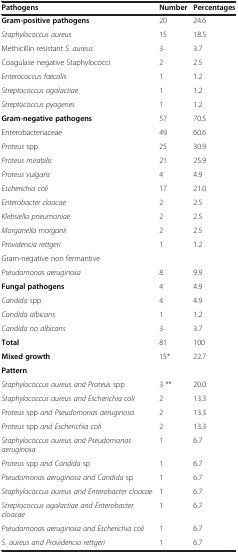
<table><thead><tr><td><b>Pathogens</b></td><td><b>Number</b></td><td><b>Percentages</b></td></tr></thead><tbody><tr><td><b>Gram-positive pathogens</b></td><td>20</td><td>24.6</td></tr><tr><td><i>Staphylococcus aureus</i></td><td>15</td><td>18.5</td></tr><tr><td>Methicillin resistant <i>S. aureus</i></td><td>3</td><td>3.7</td></tr><tr><td>Coagulase negative Staphylococci</td><td>2</td><td>2.5</td></tr><tr><td><i>Enterococcus faecalis</i></td><td>1</td><td>1.2</td></tr><tr><td><i>Streptococcus agalactiae</i></td><td>1</td><td>1.2</td></tr><tr><td><i>Streptococcus pyogenes</i></td><td>1</td><td>1.2</td></tr><tr><td><b>Gram-negative pathogens</b></td><td>57</td><td>70.5</td></tr><tr><td>Enterobacteriaceae</td><td>49</td><td>60.6</td></tr><tr><td><i>Proteus</i> spp.</td><td>25</td><td>30.9</td></tr><tr><td><i>Proteus mirabilis</i></td><td>21</td><td>25.9</td></tr><tr><td><i>Proteus vulgaris</i></td><td>4</td><td>4.9</td></tr><tr><td><i>Escherichia coli</i></td><td>17</td><td>21.0</td></tr><tr><td><i>Enterobacter cloacae</i></td><td>2</td><td>2.5</td></tr><tr><td><i>Klebsiella pneumoniae</i></td><td>2</td><td>2.5</td></tr><tr><td><i>Morganella morganii</i></td><td>2</td><td>2.5</td></tr><tr><td><i>Providencia rettgeri</i></td><td>1</td><td>1.2</td></tr><tr><td>Gram-negative non fermantive</td><td></td><td></td></tr><tr><td><i>Pseudomonas aeruginosa</i></td><td>8</td><td>9.9</td></tr><tr><td><b>Fungal pathogens</b></td><td>4</td><td>4.9</td></tr><tr><td><i>Candida</i> spp</td><td>4</td><td>4.9</td></tr><tr><td><i>Candida albicans</i></td><td>1</td><td>1.2</td></tr><tr><td><i>Candida no albicans</i></td><td>3</td><td>3.7</td></tr><tr><td><b>Total</b></td><td>81</td><td>100</td></tr><tr><td><b>Mixed growth</b></td><td>15*</td><td>22.7</td></tr><tr><td><b>Pattern</b></td><td></td><td></td></tr><tr><td><i>Staphylococcus aureus and Proteus</i> spp</td><td>3 **</td><td>20.0</td></tr><tr><td><i>Staphylococcus aureus and Escherichia coli</i></td><td>2</td><td>13.3</td></tr><tr><td><i>Proteus</i> spp <i>and Pseudomonas aeruginosa</i></td><td>2</td><td>13.3</td></tr><tr><td><i>Proteus</i> spp <i>and Escherichia coli</i></td><td>2</td><td>13.3</td></tr><tr><td><i>Staphylococcus aureus and Pseudomonas aeruginosa</i></td><td>1</td><td>6.7</td></tr><tr><td><i>Proteus</i> spp <i>and Candida</i> sp</td><td>1</td><td>6.7</td></tr><tr><td><i>Pseudomonas aeruginosa and Candida</i> sp</td><td>1</td><td>6.7</td></tr><tr><td><i>Staphylococcus aureus and Enterobacter cloacae</i></td><td>1</td><td>6.7</td></tr><tr><td><i>Streptococcus agalactiae and Enterobacter cloacae</i></td><td>1</td><td>6.7</td></tr><tr><td><i>Pseudomonas aeruginosa and Escherichia coli</i></td><td>1</td><td>6.7</td></tr><tr><td><i>S. aureus and Providencia rettgeri</i></td><td>1</td><td>6.7</td></tr></tbody></table>